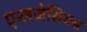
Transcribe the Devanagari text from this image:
एन्लजेसिक्स